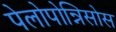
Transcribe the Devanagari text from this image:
पेलोपोन्निसोस